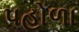
પહોળા